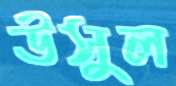
উসুল